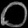
Digit: ၀